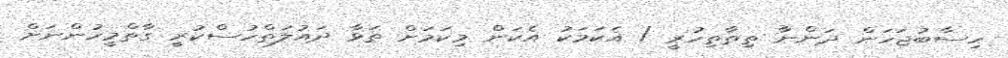
ހިސާބުޖަހަން ދަންނާ ތިތާތިހުރީ / އެކަމަކު އެކަން މިކަމަށް ތަޅާ ދައުލަތްހުސްކުރީ ގާތްމީހުންނަށް